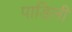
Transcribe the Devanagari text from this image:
पाडिली